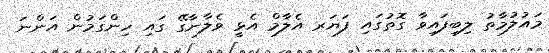
މައުލުމާތު ލިބިފައިވާ ގޮތުގައި ފަޔަރ އެލާމް އެޅީ ވެލާނާގޭ ގައި ހިންގަމުން އަންނަ